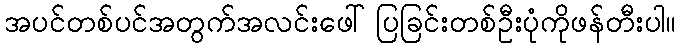
အပင်တစ်ပင်အတွက်အလင်းဖေါ်ပြခြင်းတစ်ဦးပုံကိုဖန်တီးပါ။